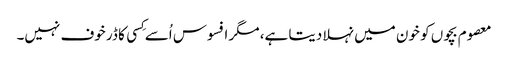
معصوم بچوں کو خون میں نہلا دیتا ہے، مگر افسوس اُسے کِسی کا ڈر خوف نہیں۔